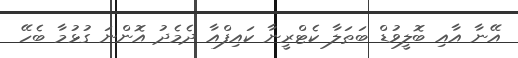
އޭނާ އާއި ބޮލީވުޑް ބަޠަލާ ކެޓްރީނާ ކައިފްއާ ދެމެދު އޮންނަ ގުޅުމާ ބެހޭ